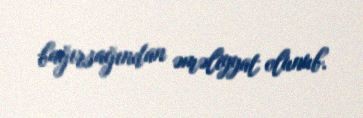
bağırsağından əməliyyat olunub.